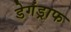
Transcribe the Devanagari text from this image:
डेगंड्राफ